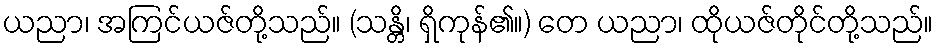
ယညာ၊ အကြင်ယဇ်တို့သည်။ (သန္တိ၊ ရှိကုန်၏။) တေ ယညာ၊ ထိုယဇ်တိုင်တို့သည်။